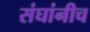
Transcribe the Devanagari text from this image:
संघांनीच